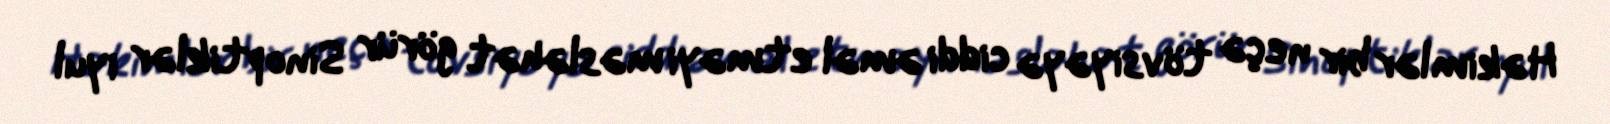
Həkimlər bir neçə tövsiyəyə ciddi əməl etməyi məsləhət görür Sinoptiklər iyul